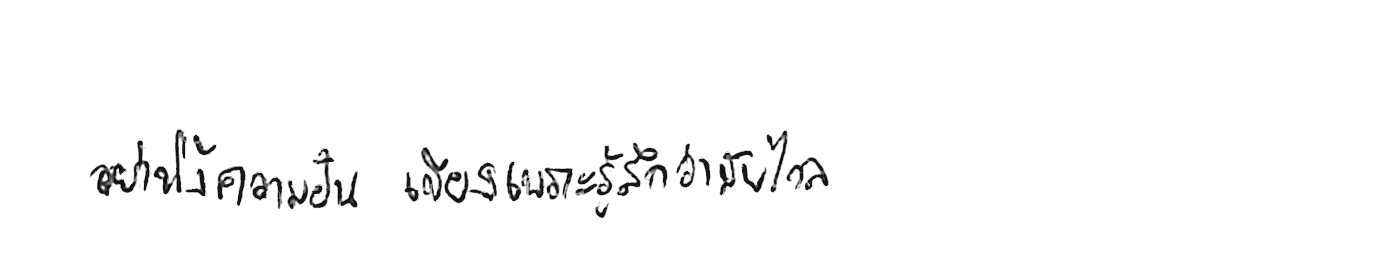
อย่าทิ้งความฝัน เพียงเพราะรู้สึกว่ามันไกล